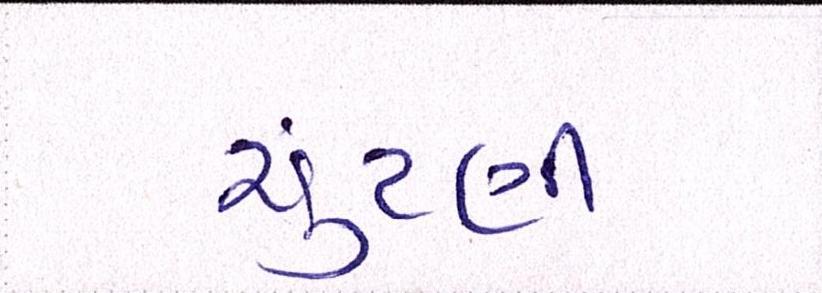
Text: ચુંટણી